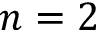
n = 2